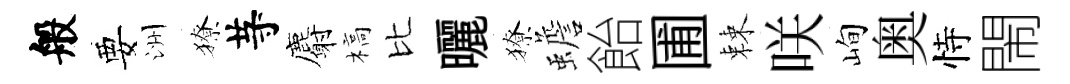
般要洲獠䒭麝槁比曬獠蟾飴圃棘咲峋奥恃閙